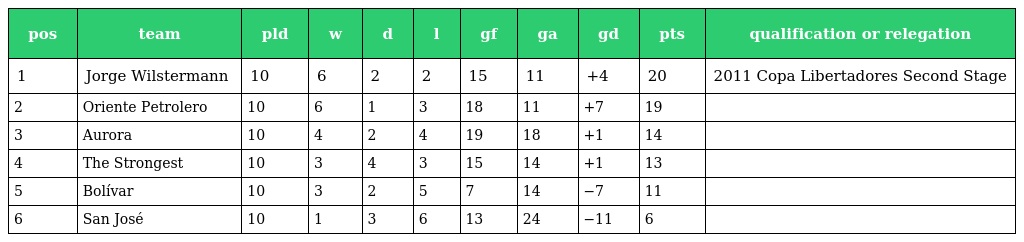
| pos | team | pld | w | d | l | gf | ga | gd | pts | qualification or relegation |
 | --- | --- | --- | --- | --- | --- | --- | --- | --- | --- | --- |
 | 1 | Jorge Wilstermann | 10 | 6 | 2 | 2 | 15 | 11 | +4 | 20 | 2011 Copa Libertadores Second Stage |
 | 2 | Oriente Petrolero | 10 | 6 | 1 | 3 | 18 | 11 | +7 | 19 |  |
 | 3 | Aurora | 10 | 4 | 2 | 4 | 19 | 18 | +1 | 14 |  |
 | 4 | The Strongest | 10 | 3 | 4 | 3 | 15 | 14 | +1 | 13 |  |
 | 5 | Bolívar | 10 | 3 | 2 | 5 | 7 | 14 | −7 | 11 |  |
 | 6 | San José | 10 | 1 | 3 | 6 | 13 | 24 | −11 | 6 |  |